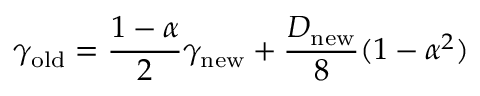
\gamma _ { \mathrm { o l d } } = \frac { 1 - \alpha } { 2 } \gamma _ { \mathrm { n e w } } + \frac { D _ { \mathrm { n e w } } } { 8 } ( 1 - \alpha ^ { 2 } )